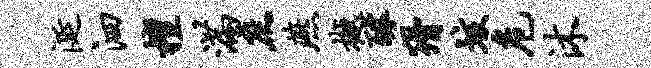
涎泗檀满庶燕樾醵猾垓危沐